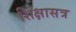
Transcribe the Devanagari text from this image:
शिक्षासत्र